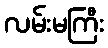
လမ်းမကြီး